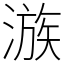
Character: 㵀